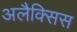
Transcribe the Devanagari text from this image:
अलैक्सिस